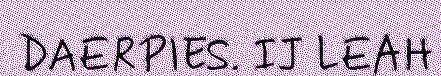
DAERPIES. IJ LEAH